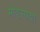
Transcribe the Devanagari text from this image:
मोङसाबा